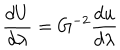
{ \frac { d U } { d \lambda } } = G ^ { - 2 } { \frac { d u } { d \lambda } }